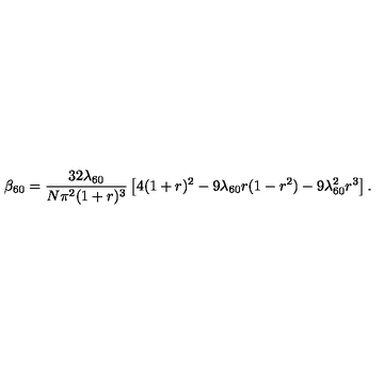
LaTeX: \beta _ { 6 0 } = { \frac { 3 2 \lambda _ { 6 0 } } { N \pi ^ { 2 } ( 1 + r ) ^ { 3 } } } \left[ 4 ( 1 + r ) ^ { 2 } - 9 \lambda _ { 6 0 } r ( 1 - r ^ { 2 } ) - 9 \lambda _ { 6 0 } ^ { 2 } r ^ { 3 } \right] .